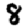
Digit: 8